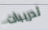
تدريبات